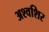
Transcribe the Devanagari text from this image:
अश्वशिर